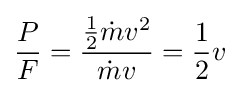
{\frac {P}{F}}={\frac {{\frac {1}{2}}{{\dot {m}}v^{2}}}{{\dot {m}}v}}={\frac {1}{2}}v